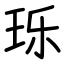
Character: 𬍛